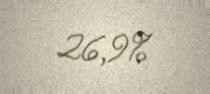
26,9%